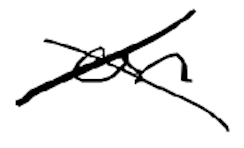
Text: on
Cross-out: cross
Writing tool: digital_black